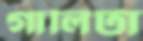
গালিটা